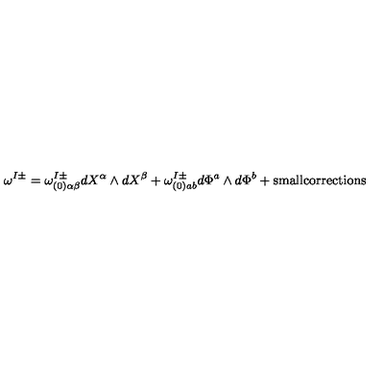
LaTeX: \omega ^ { I \pm } = \omega _ { ( 0 ) \alpha \beta } ^ { I \pm } d X ^ { \alpha } \wedge d X ^ { \beta } + \omega _ { ( 0 ) a b } ^ { I \pm } d \Phi ^ { a } \wedge d \Phi ^ { b } + \mathrm { s m a l l c o r r e c t i o n s }